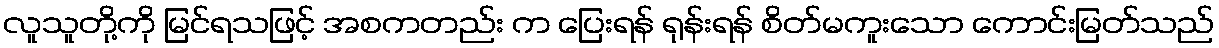
လူသူတို့ကို မြင်ရသဖြင့် အစကတည်း က ပြေးရန် ရုန်းရန် စိတ်မကူးသော ကောင်းမြတ်သည်